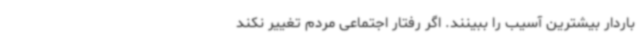
باردار بیشترین آسیب را ببینند. اگر رفتار اجتماعی مردم تغییر نکند